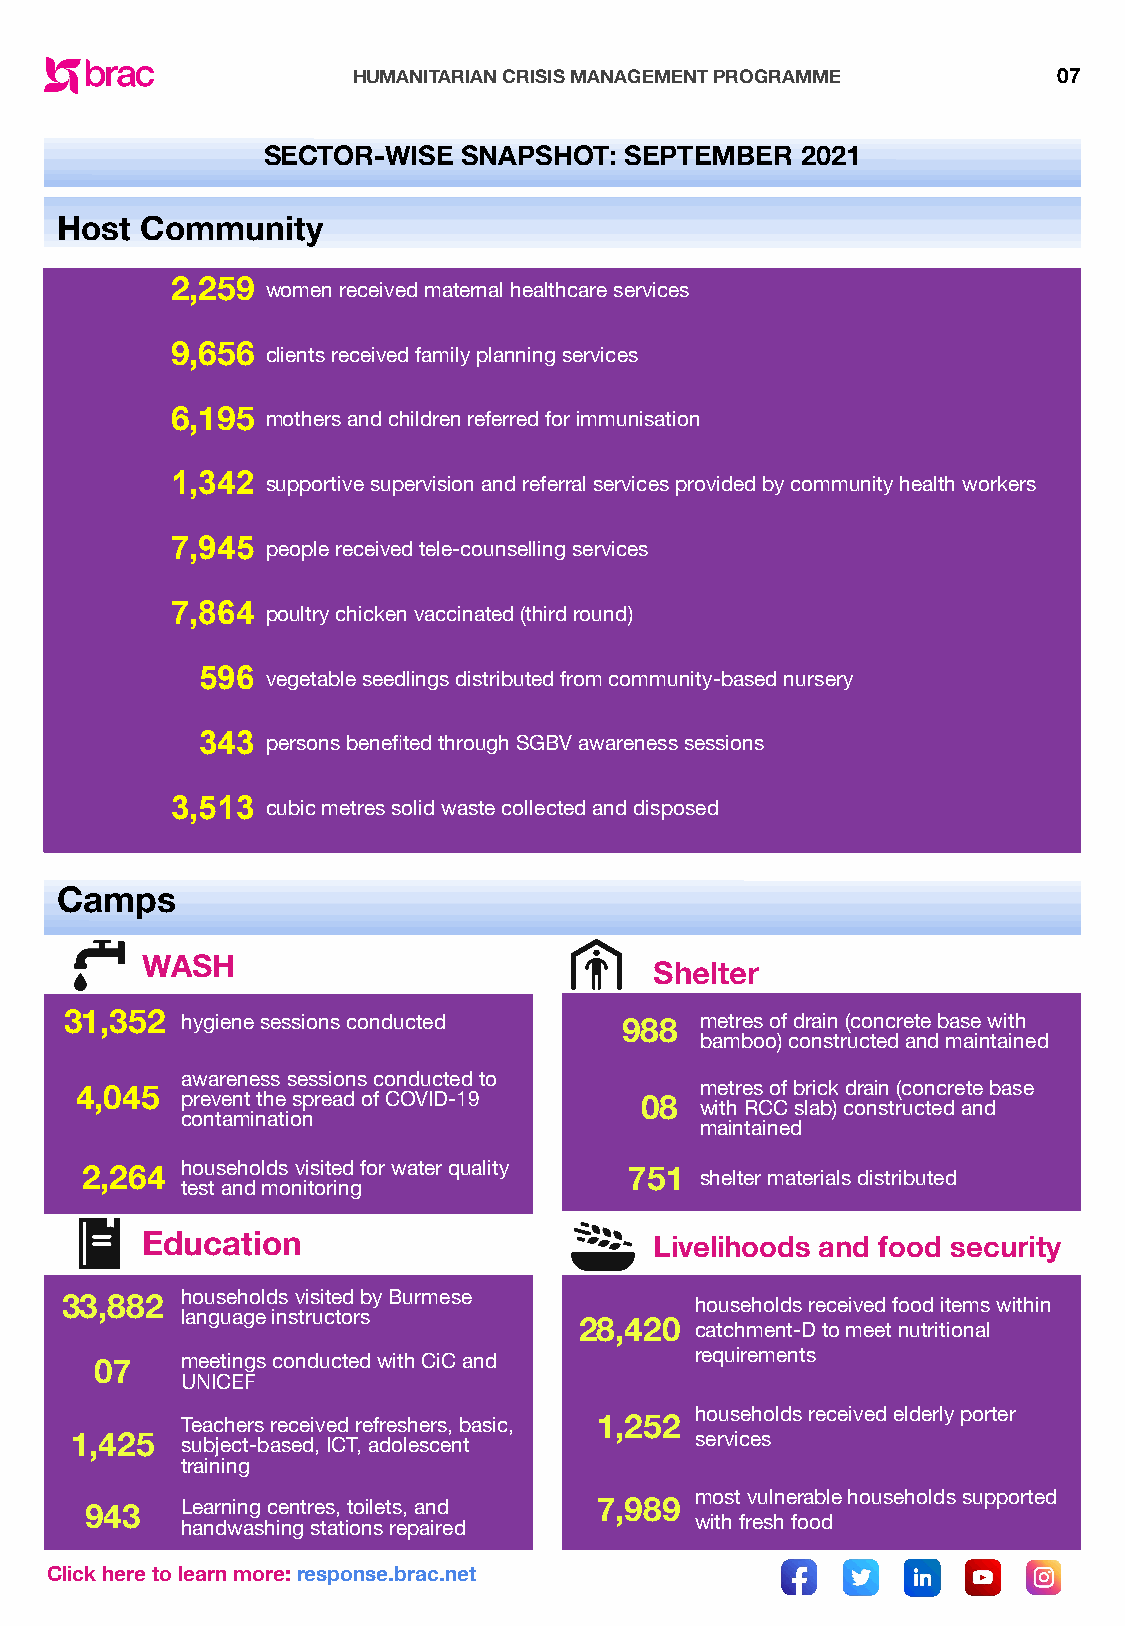
HUMANITARIAN CRISIS MANAGEMENT PROGRAMME       07
 SECTOR-WISE   SNAPSHOT: SEPTEMBER   2021
 Host Community
 2,259  women received maternal healthcare services
 9,656  clients received family planning services
 6,195  mothers and children referred for immunisation
 1,342
 supportive supervision and referral services provided by community health workers
 7,945
 people received tele-counselling services
 7,864
 poultry chicken vaccinated (third round)
 596
 vegetable seedlings distributed from community-based nursery
 343
 persons benefited through SGBV awareness sessions
 3,513
 cubic metres solid waste collected and disposed
 Camps
 WASH
 Shelter
 31,352  hygiene sessions conducted   988  metres of drain (concrete base with
 bamboo) constructed and maintained
 awareness sessions conducted to
 4,045                                    metres of brick drain (concrete base
 prevent the spread of COVID-19 08 with RCC slab) constructed and
 contamination
 maintained
 2,264  households visited for water quality 751 shelter materials distributed
 test and monitoring
 Education                         Livelihoods and food security
 33,882  households visited by Burmese     households received food items within
 language instructors
 28,420  catchment-D to meet nutritional
 07    meetings conducted with CiC and   requirements
 UNICEF
 households received elderly porter
 Teachers received refreshers, basic, 1,252
 1,425  subject-based, ICT, adolescent    services
 training
 most vulnerable households supported
 943   Learning centres, toilets, and 7,989
 handwashing stations repaired     with fresh food
 Click here to learn more: response.brac.net